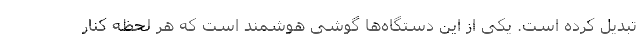
تبدیل کرده است. یکی از این دستگاه‌ها گوشی هوشمند است که هر لحظه کنار